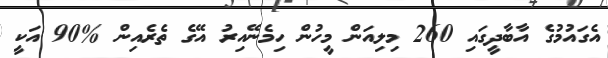
އެގައުމުގެ އާބާދީގައި 260 މިލިއަން މީހުން ހިމެނޭއިރު އޭގެ ތެރެއިން %90 އަކީ